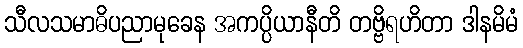
သီလသမာဓိပညာမုခေန အကပ္ပိယာနီတိ တဗ္ဗိရဟိတာ ဒါနမိမံ